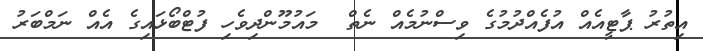
އިތުރު ޕާޓީއެއް އުފެއްދުމުގެ ވިސްނުމެއް ނެތް  މައުމޫންދިވެހި ފުޓްބޯޅައިގެ އެއް ނަމްބަރު